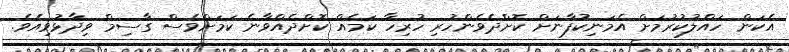
އެކަން ހައްލުކުރުމަށް އެމަނިކުފާނަށް ކޮށްދެވެންހުރި ހުރިހާ ކަމެއް ކޮށްދެއްވާނެ ކަމަށްވެސް ގާސިމް ވިދާޅުވިއެވެ.